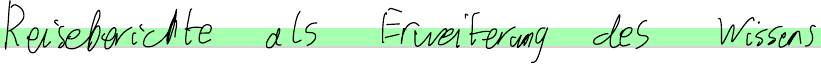
Reiseberichte als Erweiterung des Wissens